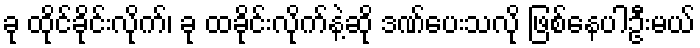
ခု ထိုင်ခိုင်းလိုက်၊ ခု ထခိုင်းလိုက်နဲ့ဆို ဒဏ်ပေးသလို ဖြစ်နေပါဦးမယ်